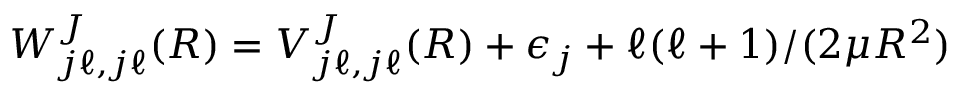
W _ { j \ell , j \ell } ^ { J } ( R ) = V _ { j \ell , j \ell } ^ { J } ( R ) + \epsilon _ { j } + \ell ( \ell + 1 ) / ( 2 \mu R ^ { 2 } )